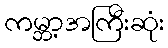
ကမ္ဘာ့အကြီးဆုံး